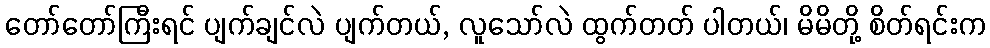
တော်တော်ကြီးရင် ပျက်ချင်လဲ ပျက်တယ်, လူသော်လဲ ထွက်တတ် ပါတယ်၊ မိမိတို့ စိတ်ရင်းက